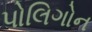
પોલિગોન